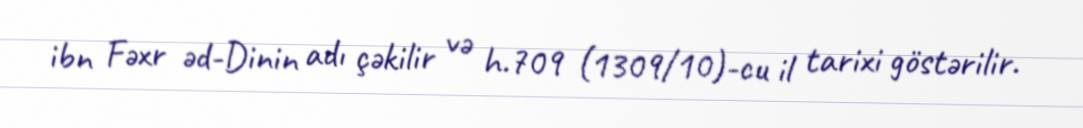
ibn Fəxr əd-Dinin adı çəkilir və h.709 (1309/10)-cu il tarixi göstərilir.